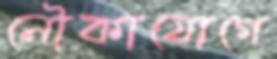
নৌকাযোগে